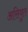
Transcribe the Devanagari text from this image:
असियुत